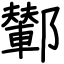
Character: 鄻